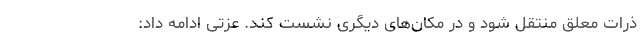
ذرات معلق منتقل شود و در مکان‌های دیگری نشست کند. عزتی ادامه داد: